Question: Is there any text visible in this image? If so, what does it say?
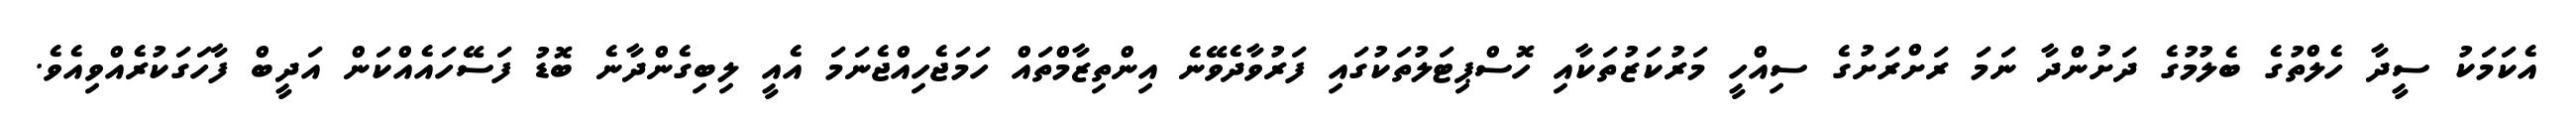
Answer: އެކަމަކު ސީދާ ހެލްތުގެ ބެލުމުގެ ދަށުންދާ ނަމަ ރަށްރަށުގެ ސިއްހީ މަރުކަޒުތަކާއި ހޮސްޕިޓަލުތަކުގައި ފަރުވާދެވޭނެ އިންތިޒާމްތައް ހަމަޖެހިއްޖެނަމަ އެއީ ލިބިގެންދާނެ ބޮޑު ފަސޭހައެއްކަން އަދީބް ފާހަގަކުރެއްވިއެވެ.